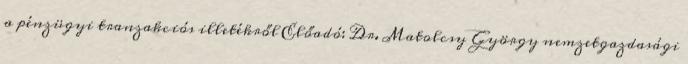
a pénzügyi tranzakciós illetékről Előadó: Dr. Matolcsy György nemzetgazdasági